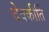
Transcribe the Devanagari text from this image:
देवकीर्ति